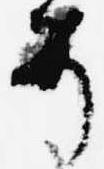
う